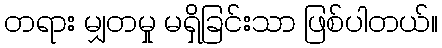
တရား မျှတမှု မရှိခြင်းသာ ဖြစ်ပါတယ်။